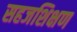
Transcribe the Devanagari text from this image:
सहजशिक्षण